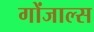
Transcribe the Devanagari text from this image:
गोंजाल्स